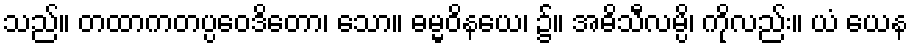
သည်။ တထာကတပ္ပဝေဒိတော၊ သော။ ဓမ္မဝိနယေ၊ ၌။ အဓိသီလမ္ပိ၊ ကိုလည်း။ ယံ ယေန